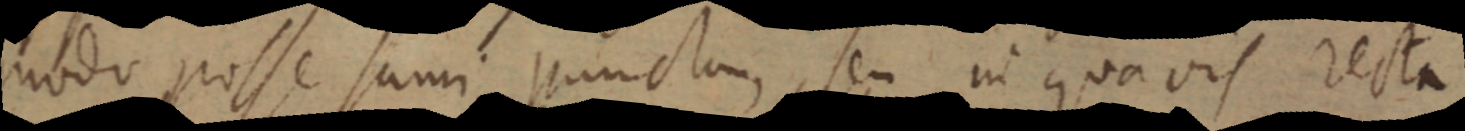
modo posse sumi punctum, seu in quavis recta